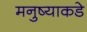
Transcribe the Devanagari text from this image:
मनुष्याकडे